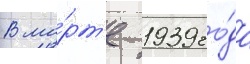
В ма́рт'е 1939 го́да